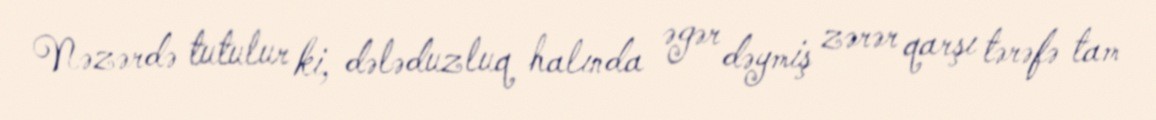
Nəzərdə tutulur ki, dələduzluq halında əgər dəymiş zərər qarşı tərəfə tam